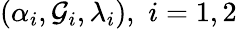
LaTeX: (\alpha_{i},\mathcal{G}_{i},\lambda_{i}),\, \, i=1,2